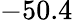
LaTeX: -50.4